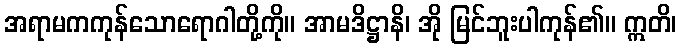
အရာမကကုန်သောရောဂါတို့ကို။ အာမဒိဋ္ဌာနိ၊ အို မြင်ဘူးပါကုန်၏။ ဣတိ၊